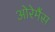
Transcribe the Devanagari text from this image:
ओरेमैंस